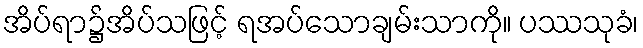
အိပ်ရာ၌အိပ်သဖြင့် ရအပ်သောချမ်းသာကို။ ပဿသုခံ၊